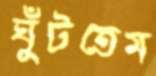
ঘুঁটতেম